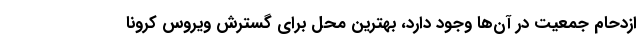
ازدحام جمعیت در آن‌ها وجود دارد، بهترین محل برای گسترش ویروس کرونا